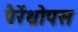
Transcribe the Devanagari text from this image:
पैरेंथ्रोपस